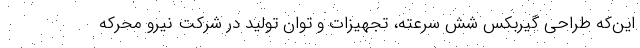
این‌که طراحی گیربکس شش سرعته، تجهیزات و توان تولید در شرکت نیرو محرکه